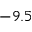
- 9 . 5